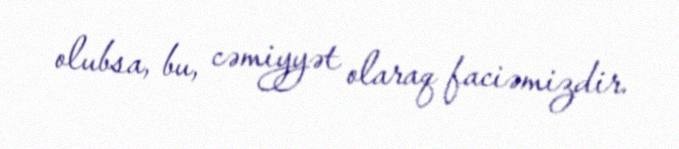
olubsa, bu, cəmiyyət olaraq faciəmizdir.